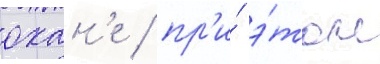
охан'е / пр'и́ э́том